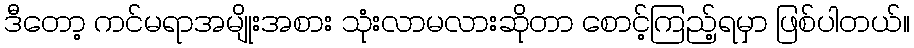
ဒီတော့ ကင်မရာအမျိုးအစား သုံးလာမလားဆိုတာ စောင့်ကြည့်ရမှာ ဖြစ်ပါတယ်။